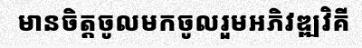
មានចិត្តចូលមកចូលរួមអភិវឌ្ឍវិគី